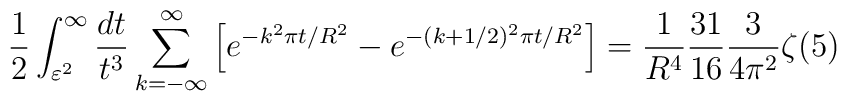
\frac{1}{2}\int_{\varepsilon^2}^{\infty}\frac{dt}{t^{3}} \sum_{k=-\infty}^{\infty}\left[e^{-k^2 \pi t/R^2}-e^{-(k+1/2)^2 \pi t/R^2}\right]=\frac{1}{R^4}\frac{31}{16} \frac{3}{4\pi^2}\zeta(5)